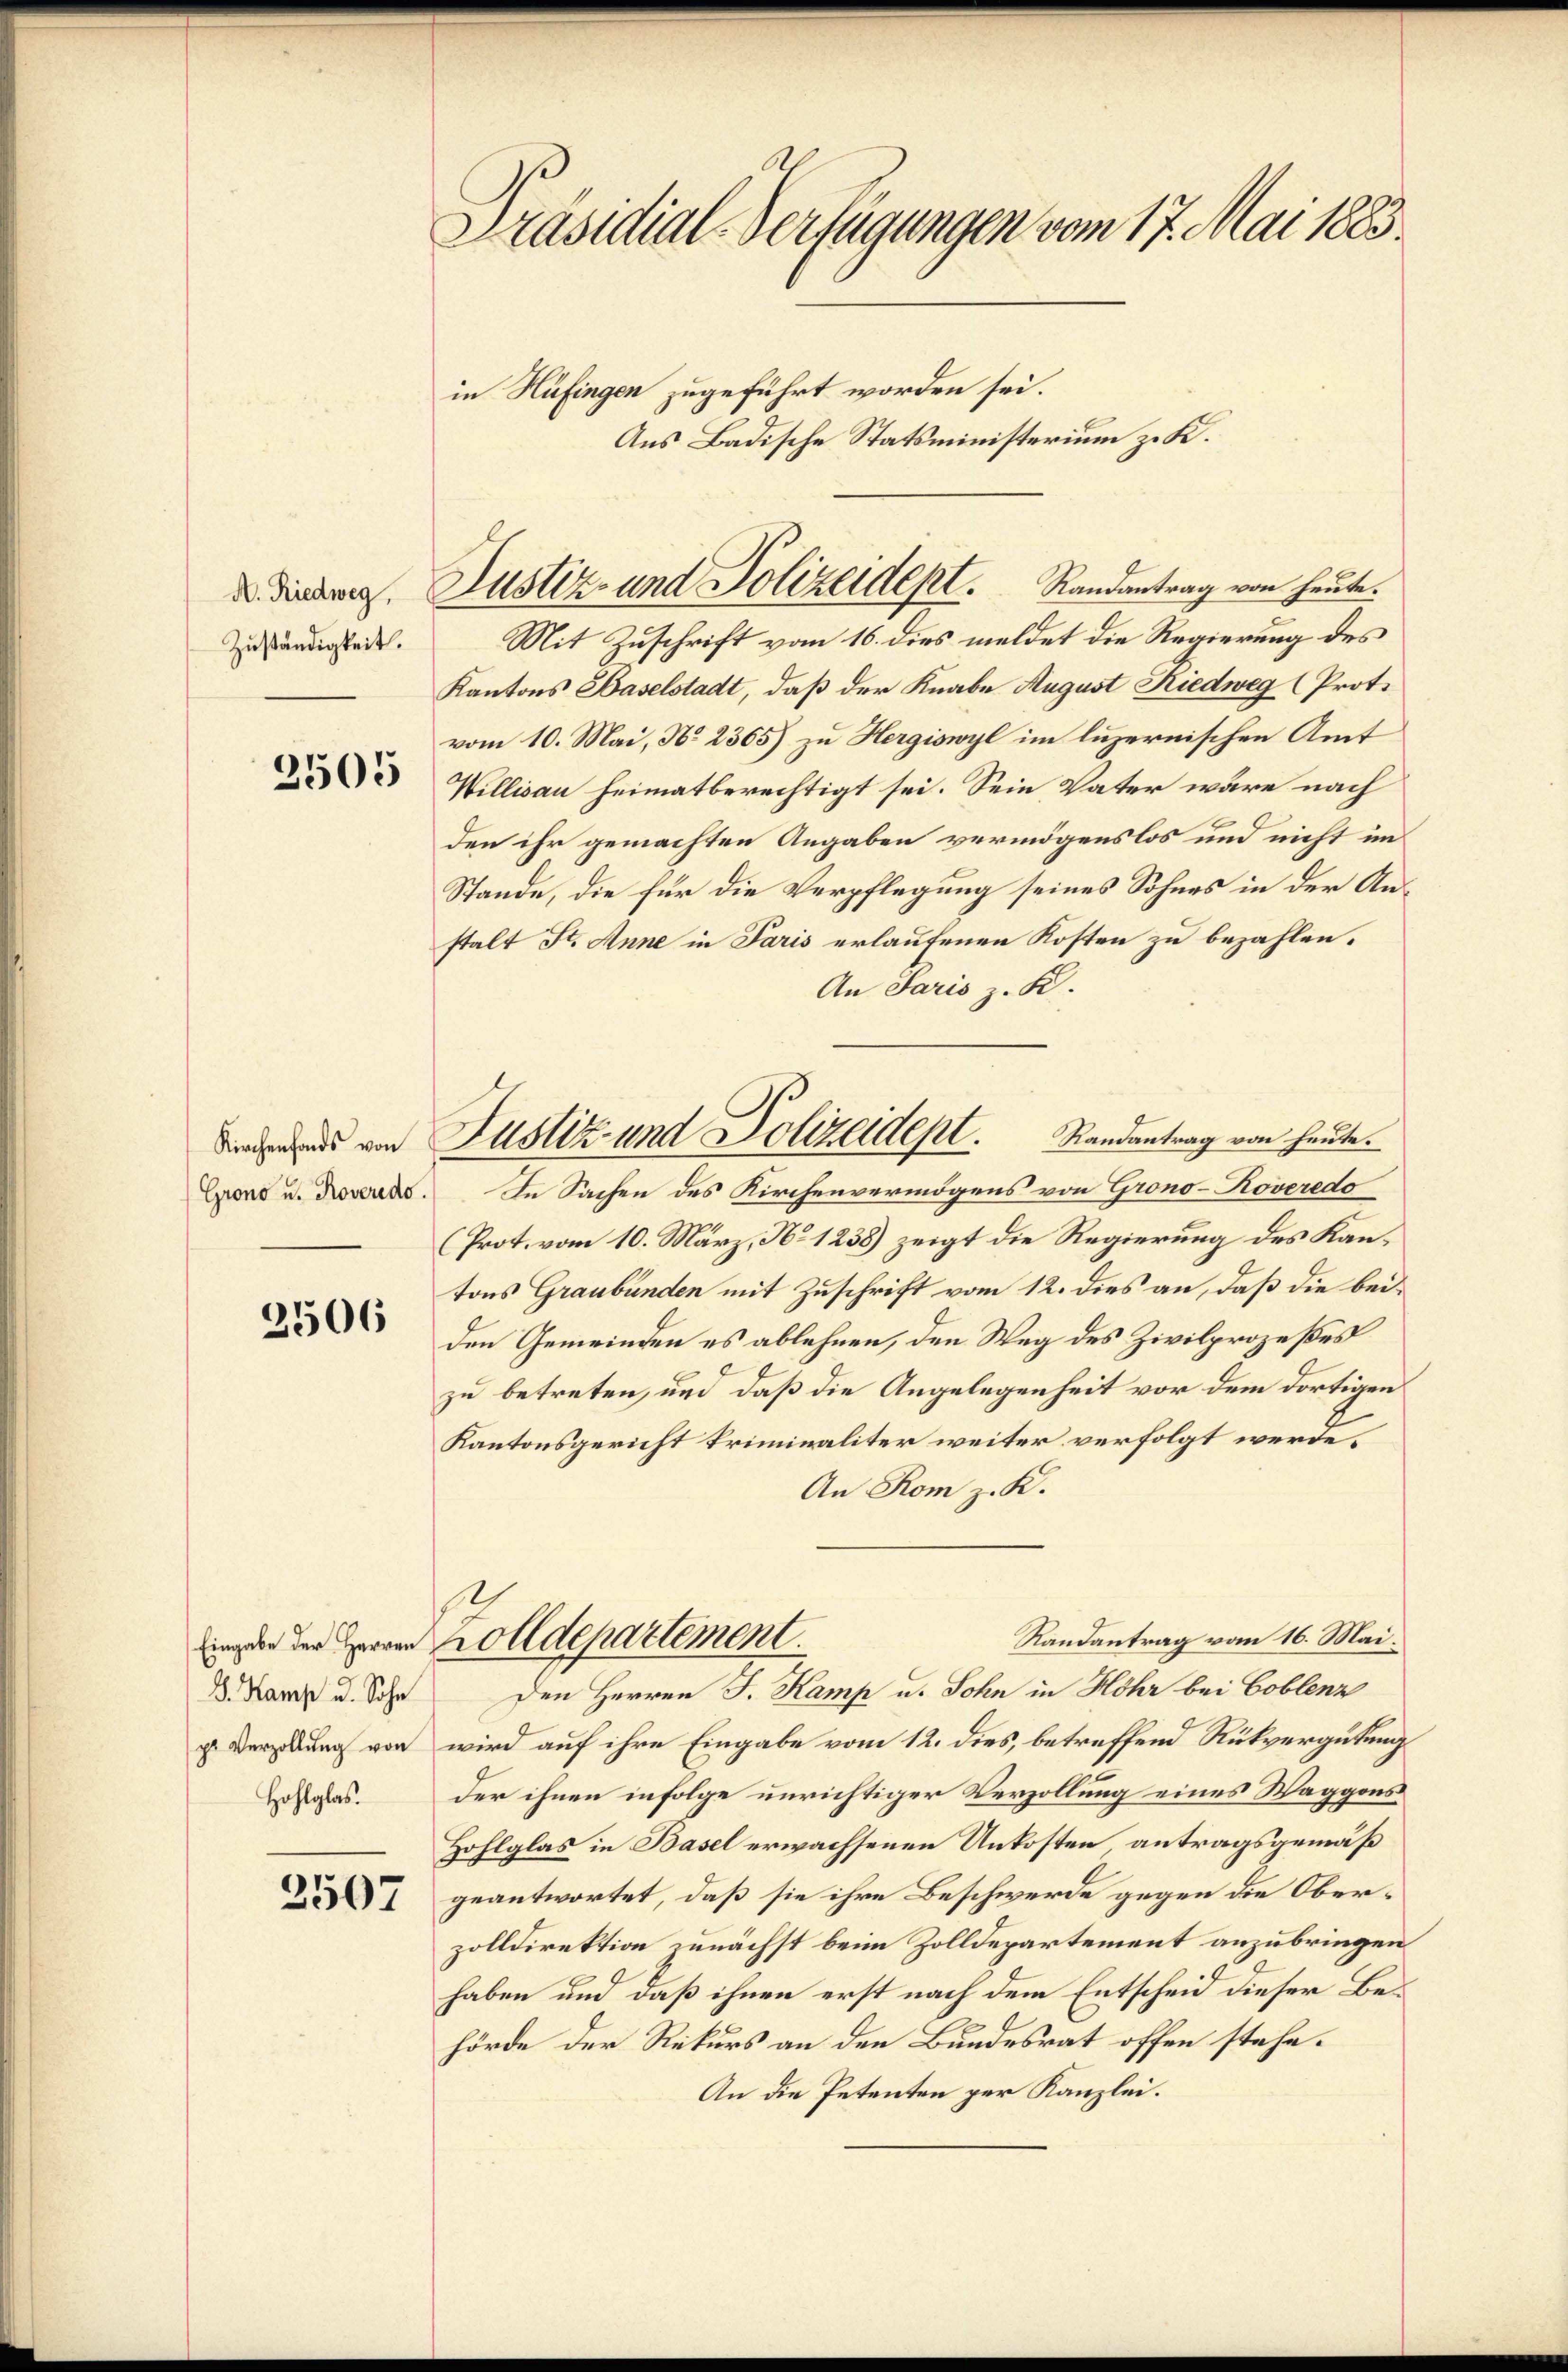
A. Riedweg,
Zuständigkeit.

2505

Kirchenfonds von
Grono u. Roveredo

2506

p. Verzollung von
Hohlglas.

2507

Präsidial-Verfügungen vom 17. Mai 1883.
in Hüfingen zugeführt worden sei.
Aus Badische Statsministerium zu K.

Justiz- und Polizeidept. Randantrag von heute.

Mit Zuschrift vom 16. dies meldet die Regierung des
Kantons Baselstadt, daß der Knabe August Riedweg (Prot.
vom 10. Mai, No 2365) zu Hergiswyl im luzernischen Amt
Willisau heimatberechtigt sei. Sein Vater wäre nach
den ihr gemachten Angaben vermögenslos und nicht im
Stande, die für die Verpflegung seines Sohnes in der Anstalt St. Anne in Paris erlaufenen Kosten zu bezahlen.
An Paris z. K.
In Sachen des Kirchenvermögens von Grono-Roveredo
(Prot. vom 10. März, No 1238) zeigt die Regierung des Kantons Graubünden mit Zuschrift vom 12. dies an, daß die beiden Gemeinden es ablehnen, den Weg des Zivilprozeßes
zu betreten, und daß die Angelegenheit vor dem dortigen
Kantonsgericht kriminaliter weiter verfolgt werde.
An Rom z. K.
Randantrag vom 16. Mai.
ingen der Herren Zolldepartement.
d. Harz u. Sohn den Herren J. Kamp u. Sohn in Höhr bei Coblenz
wird auf ihre Eingabe vom 12. dies, betreffend Rückvergütung
der ihnen infolge unrichtiger Verzollung eines Waggons
Hohlglas in Basel erwachsenen Unkosten, antragsgemäß
geantwortet, daß sie ihre Beschwerde gegen die Oberzolldirektion zunächst beim Zolldepartement anzubringen
haben und daß ihnen erst nach dem Entscheid dieser Behörde der Rekurs an den Bundesrat offen stehe.
An die Petenten per Kanzlei.

Justiz- und Polizeidept. Randantrag von heute.